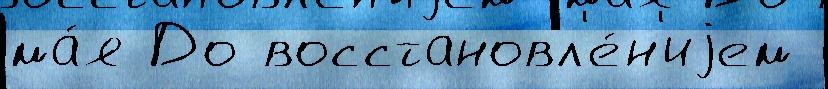
ма́я До восстановл'е́н'иjем